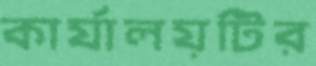
কার্যালয়টির